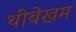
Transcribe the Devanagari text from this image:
थींबेखम